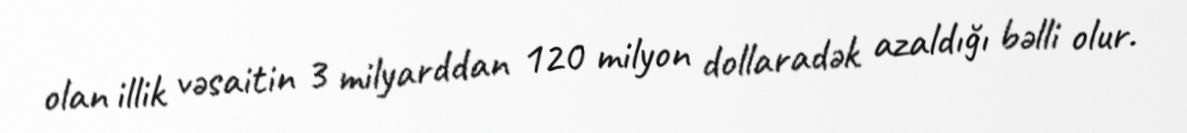
olan illik vəsaitin 3 milyarddan 120 milyon dollaradək azaldığı bəlli olur.